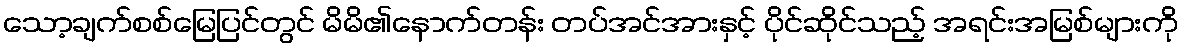
သော့ချက်စစ်မြေပြင်တွင် မိမိ၏နောက်တန်း တပ်အင်အားနှင့် ပိုင်ဆိုင်သည့် အရင်းအမြစ်များကို